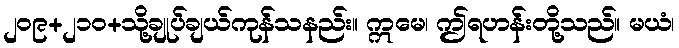
၂၀၉+၂၁၀+သို့ချုပ်ချယ်ကုန်သနည်း။ ဣမေ၊ ဤရဟန်းတို့သည်။ မယံ၊